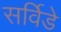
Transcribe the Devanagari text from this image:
सर्विडे